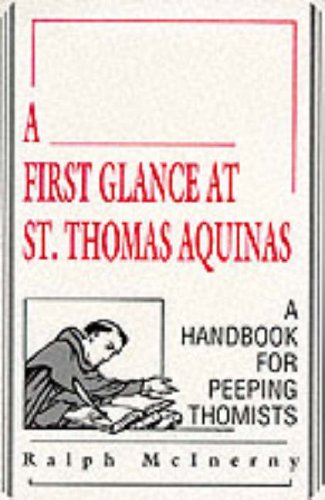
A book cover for First Glance At Thomas Aquinas (A Handbook for Peeping Thomists); Ralph McInerny; Politics & Social Sciences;